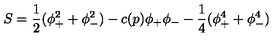
S = { \frac { 1 } { 2 } } ( \phi _ { + } ^ { 2 } + \phi _ { - } ^ { 2 } ) - c ( p ) \phi _ { + } \phi _ { - } - { \frac { 1 } { 4 } } ( \phi _ { + } ^ { 4 } + \phi _ { - } ^ { 4 } )